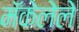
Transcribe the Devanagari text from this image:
मॅकेलेले